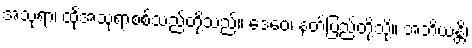
အသုရာ၊ ထိုအသုရာစစ်သည်တို့သည်။ ဒေဝေ၊ နတ်ပြည်တို့သို့။ အဘိယန္တိ၊